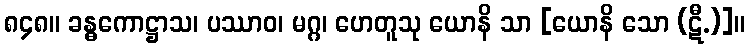
၈၄၈။ ခန္ဓကောဋ္ဌာသ၊ ပဿာဝ၊ မဂ္ဂ၊ ဟေတူသု ယောနိ သာ [ယောနိ သော (ဋီ.)]။